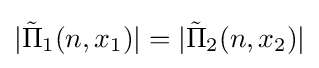
|{\tilde {\Pi }}_{1}(n,x_{1})|=|{\tilde {\Pi }}_{2}(n,x_{2})|